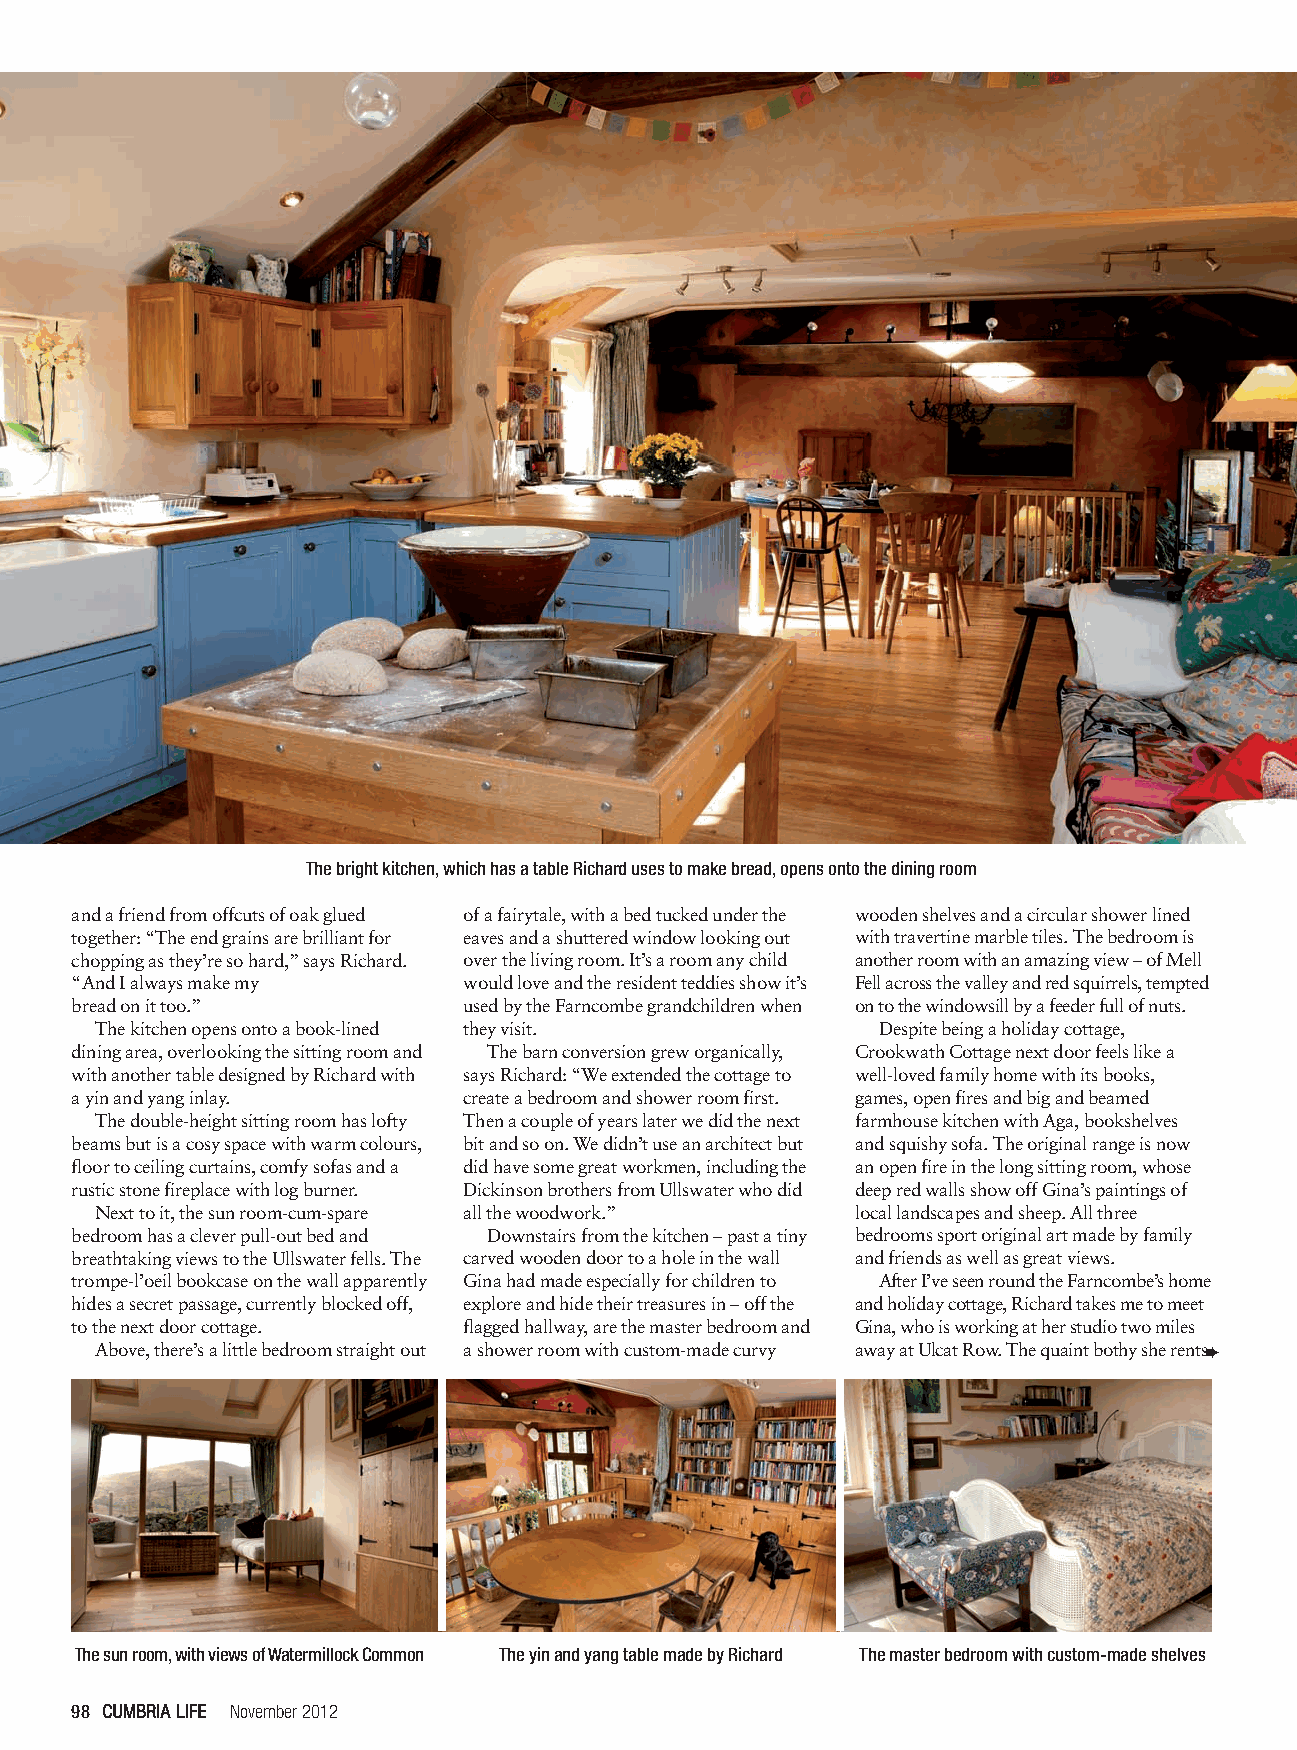
96-99,101 Crookwath v2.qxp 19/10/2012 17:24 Page 4
 The bright kitchen,which has a table Richard uses to make bread,opens onto the dining room
 and a friend from offcuts of oak glued of a fairytale, with a bed tucked under the wooden shelves and a circular shower lined
 together: “The end grains are brilliant for eaves and a shuttered window looking out with travertine marble tiles. The bedroom is
 chopping as they’re so hard,” says Richard. over the living room. It’s a room any child another room with an amazing view – of Mell
 “And I always make my     would love and the resident teddies show it’s Fell across the valley and red squirrels, tempted
 bread on it too.”         used by the Farncombe grandchildren when on to the windowsill by a feeder full of nuts.
 The kitchen opens onto a book-lined they visit.     Despite being a holiday cottage,
 dining area, overlooking the sitting room and The barn conversion grew organically, Crookwath Cottage next door feels like a
 with another table designed by Richard with says Richard: “We extended the cottage to well-loved family home with its books,
 a yin and yang inlay.     create a bedroom and shower room first. games, open fires and big and beamed
 The double-height sitting room has lofty Then a couple of years later we did the next farmhouse kitchen with Aga, bookshelves
 beams but is a cosy space with warm colours, bit and so on. We didn’t use an architect but and squishy sofa. The original range is now
 floor to ceiling curtains, comfy sofas and a did have some great workmen, including the an open fire in the long sitting room, whose
 rustic stone fireplace with log burner. Dickinson brothers from Ullswater who did deep red walls show off Gina’s paintings of
 Next to it, the sun room-cum-spare all the woodwork.” local landscapes and sheep. All three
 bedroom has a clever pull-out bed and Downstairs from the kitchen – past a tiny bedrooms sport original art made by family
 breathtaking views to the Ullswater fells. The carved wooden door to a hole in the wall and friends as well as great views.
 trompe-l’oeil bookcase on the wall apparently Gina had made especially for children to After I’ve seen round the Farncombe’s home
 hides a secret passage, currently blocked off, explore and hide their treasures in – off the and holiday cottage, Richard takes me to meet
 to the next door cottage. flagged hallway, are the master bedroom and Gina, who is working at her studio two miles
 Above, there’s a little bedroom straight out a shower room with custom-made curvy away at Ulcat Row. The quaint bothy she rents➨
 The sun room,with views of Watermillock Common The yin and yang table made by Richard The master bedroom with custom-made shelves
 98 CCUUMMBBRRIIAA LLIIFFEE November 2012